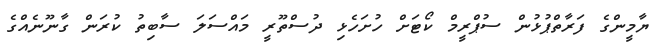
ޔާމީންގެ ފަރާތްޕުޅުން ސުޕްރީމް ކޯޓަށް ހުށަހެޅި ދުސްތޫރީ މައްސަލަ ސާބިތު ކުރަން ގާނޫނެއްގެ